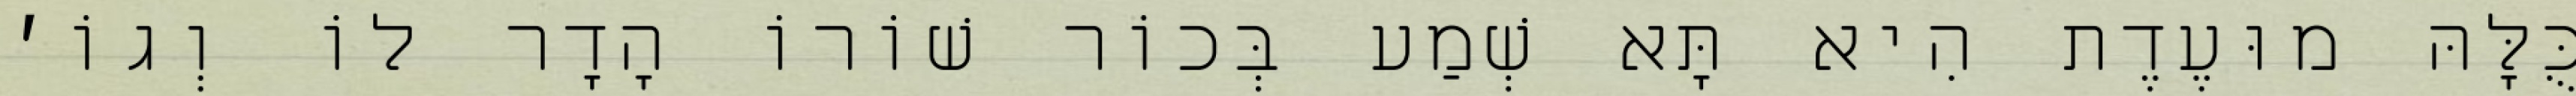
כֻּלָּהּ מוּעֶדֶת הִיא תָּא שְׁמַע בְּכוֹר שׁוֹרוֹ הָדָר לוֹ וְגוֹ׳